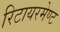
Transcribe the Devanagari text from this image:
रिटायरमेण्ट